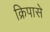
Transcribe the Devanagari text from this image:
क्रिपासे